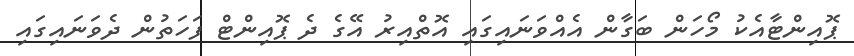
ޕޮއިންޓާއެކު މޯހަން ބަގާން އެއްވަނައިގައި އޮތްއިރު އޭގެ ދެ ޕޮއިންޓް ފަހަތުން ދެވަނައިގައި